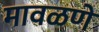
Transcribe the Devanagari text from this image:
मावळणे